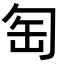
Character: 匋